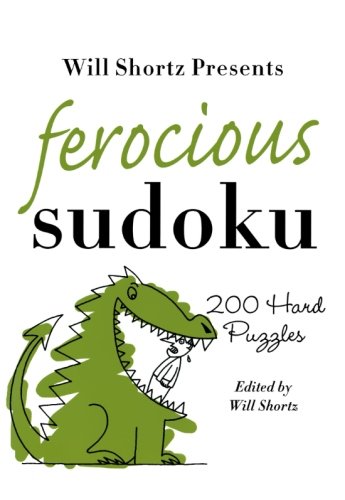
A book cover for Will Shortz Presents Ferocious Sudoku: 200 Hard Puzzles; Humor & Entertainment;